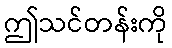
ဤသင်တန်းကို